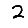
Digit: 2